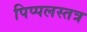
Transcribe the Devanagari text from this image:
पिप्पलस्तत्र